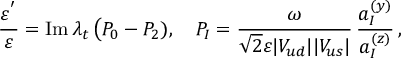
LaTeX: \frac { \varepsilon ^ { ' } } { \varepsilon } = \mathrm { I m } \, \lambda _ { t } \, \big ( P _ { 0 } - P _ { 2 } ) , \quad P _ { I } = \frac { \omega } { \sqrt { 2 } \varepsilon | V _ { u d } | | V _ { u s } | } \, \frac { a _ { I } ^ { ( y ) } } { a _ { I } ^ { ( z ) } } \, ,